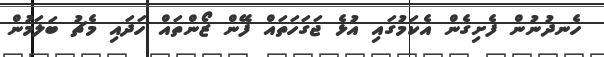
ހެނދުނުން ފެށިގެން އެކަމުގައި އުޅެ ޖަގަހަތައް ފޭން ޒޯންތައް ހަދައި މެޗު ބަލަމުން